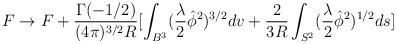
\begin{align*}F \rightarrow F+\frac{\Gamma(-1/2)}{ (4\pi)^{3/2}R}[\int_{B^{3}}(\frac{\lambda}{2}\hat{\phi}^{2})^{3/2}dv+\frac{2}{3R}\int_{S^{2}}(\frac{\lambda}{2}\hat{\phi}^{2}) ^{1/2}ds]\end{align*}